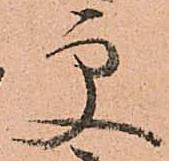
更